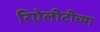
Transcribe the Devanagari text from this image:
रिऐलीटीच्या